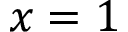
x = 1